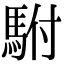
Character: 駙